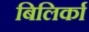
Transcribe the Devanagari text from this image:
बिलिर्का